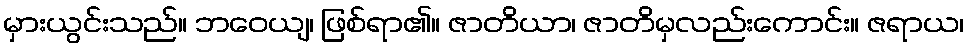
မှားယွင်းသည်။ ဘဝေယျ၊ ဖြစ်ရာ၏။ ဇာတိယာ၊ ဇာတိမှလည်းကောင်း။ ဇရာယ၊